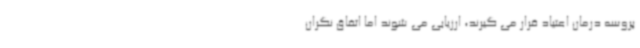
پروسه درمان اعتیاد قرار می گیرند، ارزیابی می شوند اما اتفاق نگران